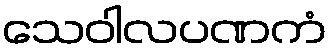
သေဝါလပဏကံ